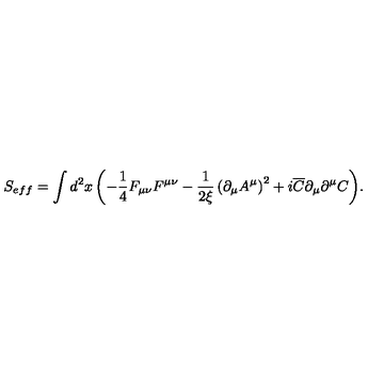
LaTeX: S _ { e f f } = \int { d ^ { 2 } x \left( { - \frac { 1 } { 4 } F _ { \mu \nu } F ^ { \mu \nu } - \frac { 1 } { { 2 \xi } } \left( { \partial _ { \mu } A ^ { \mu } } \right) ^ { 2 } + i \overline { C } \partial _ { \mu } \partial ^ { \mu } C } \right) } .